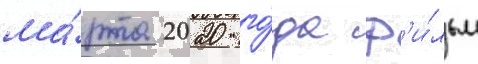
ма́рта 2020 го́да ф'и́льм